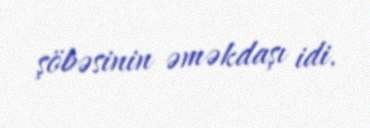
şöbəsinin əməkdaşı idi.